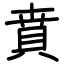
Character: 賁